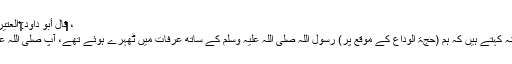
، ‏‏‏‏‏‏قَالَ أَبُو دَاوُد:‏‏‏‏ الْعَتِيرَةُ مَنْسُوخَةٌ هَذَا خَبَرٌ مَنْسُوخٌ.
مخنف بن سلیم رضی اللہ عنہ کہتے ہیں کہ ہم (حجۃ الوداع کے موقع پر) رسول اللہ صلی اللہ علیہ وسلم کے ساتھ عرفات میں ٹھہرے ہوئے تھے، آپ صلی اللہ علیہ وسلم نے فرمایا: ”لوگو!